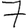
Digit: 7